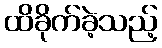
ထိခိုက်ခဲ့သည့်